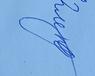
Signature authenticity: genuine